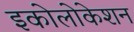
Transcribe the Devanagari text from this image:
इकोलोकेशन